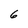
Character: 6